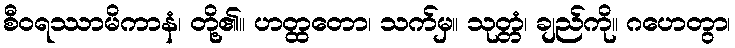
စီဝရဿာမိကာနံ၊ တို့၏။ ဟတ္ထတော၊ သက်မှ။ သုတ္တံ၊ ချည်ကို။ ဂဟေတွာ၊